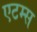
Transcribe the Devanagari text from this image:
एटम्स